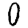
Digit: 0